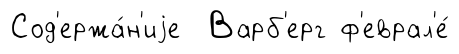
Сод'ержа́н'иjе Варб'ерг ф'еврал'е́